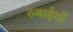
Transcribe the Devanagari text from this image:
रुबाईयाँ